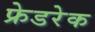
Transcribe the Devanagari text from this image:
फ्रेडरेक